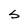
Character: S